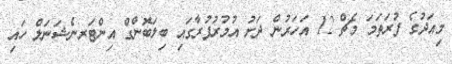
މިއަދުގެ ފުރަތަމަ މެޗް 12 އަހަރުން ދަށު އުމުރުފުރާގައި ބިލަބޮންގް އިންޓަރނެޝަނަލް ހައި